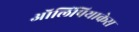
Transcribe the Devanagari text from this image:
ऑलिंपियाकेस